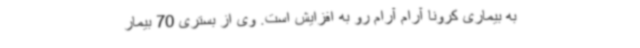
به بیماری کرونا آرام آرام رو به افزایش است. وی از بستری 70 بیمار